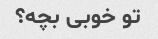
تو خوبی بچه؟